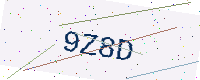
Text: 9Z8D